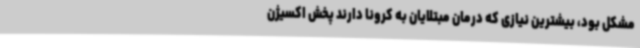
مشکل بود، بیشترین نیازی که درمان مبتلایان به کرونا دارند پخش اکسیژن